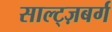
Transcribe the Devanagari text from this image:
साल्ट्ज़बर्ग